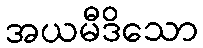
အယမီဒိသော